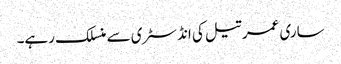
ساری عمر تیل کی انڈسٹری سے منسلک رہے۔